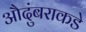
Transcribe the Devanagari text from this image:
औदुंबराकडे